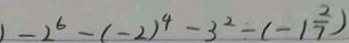
1 - 2 ^ { 6 } - ( - 2 ) ^ { 4 } - 3 ^ { 2 } - ( - 1 \frac { 2 } { 7 } )